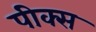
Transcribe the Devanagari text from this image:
पीक्स